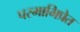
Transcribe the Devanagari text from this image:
परमाभिप्रेत